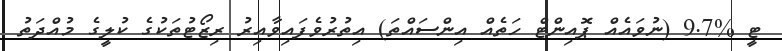
ޓީ %9.7 (ނުވައެއް ޕޮއިންޓް ހަތެއް އިންސައްތަ) އިތުރުވެފައިވާއިރު ރިޒޯޓުތަކުގެ ކުލީގެ މުއްދަތު